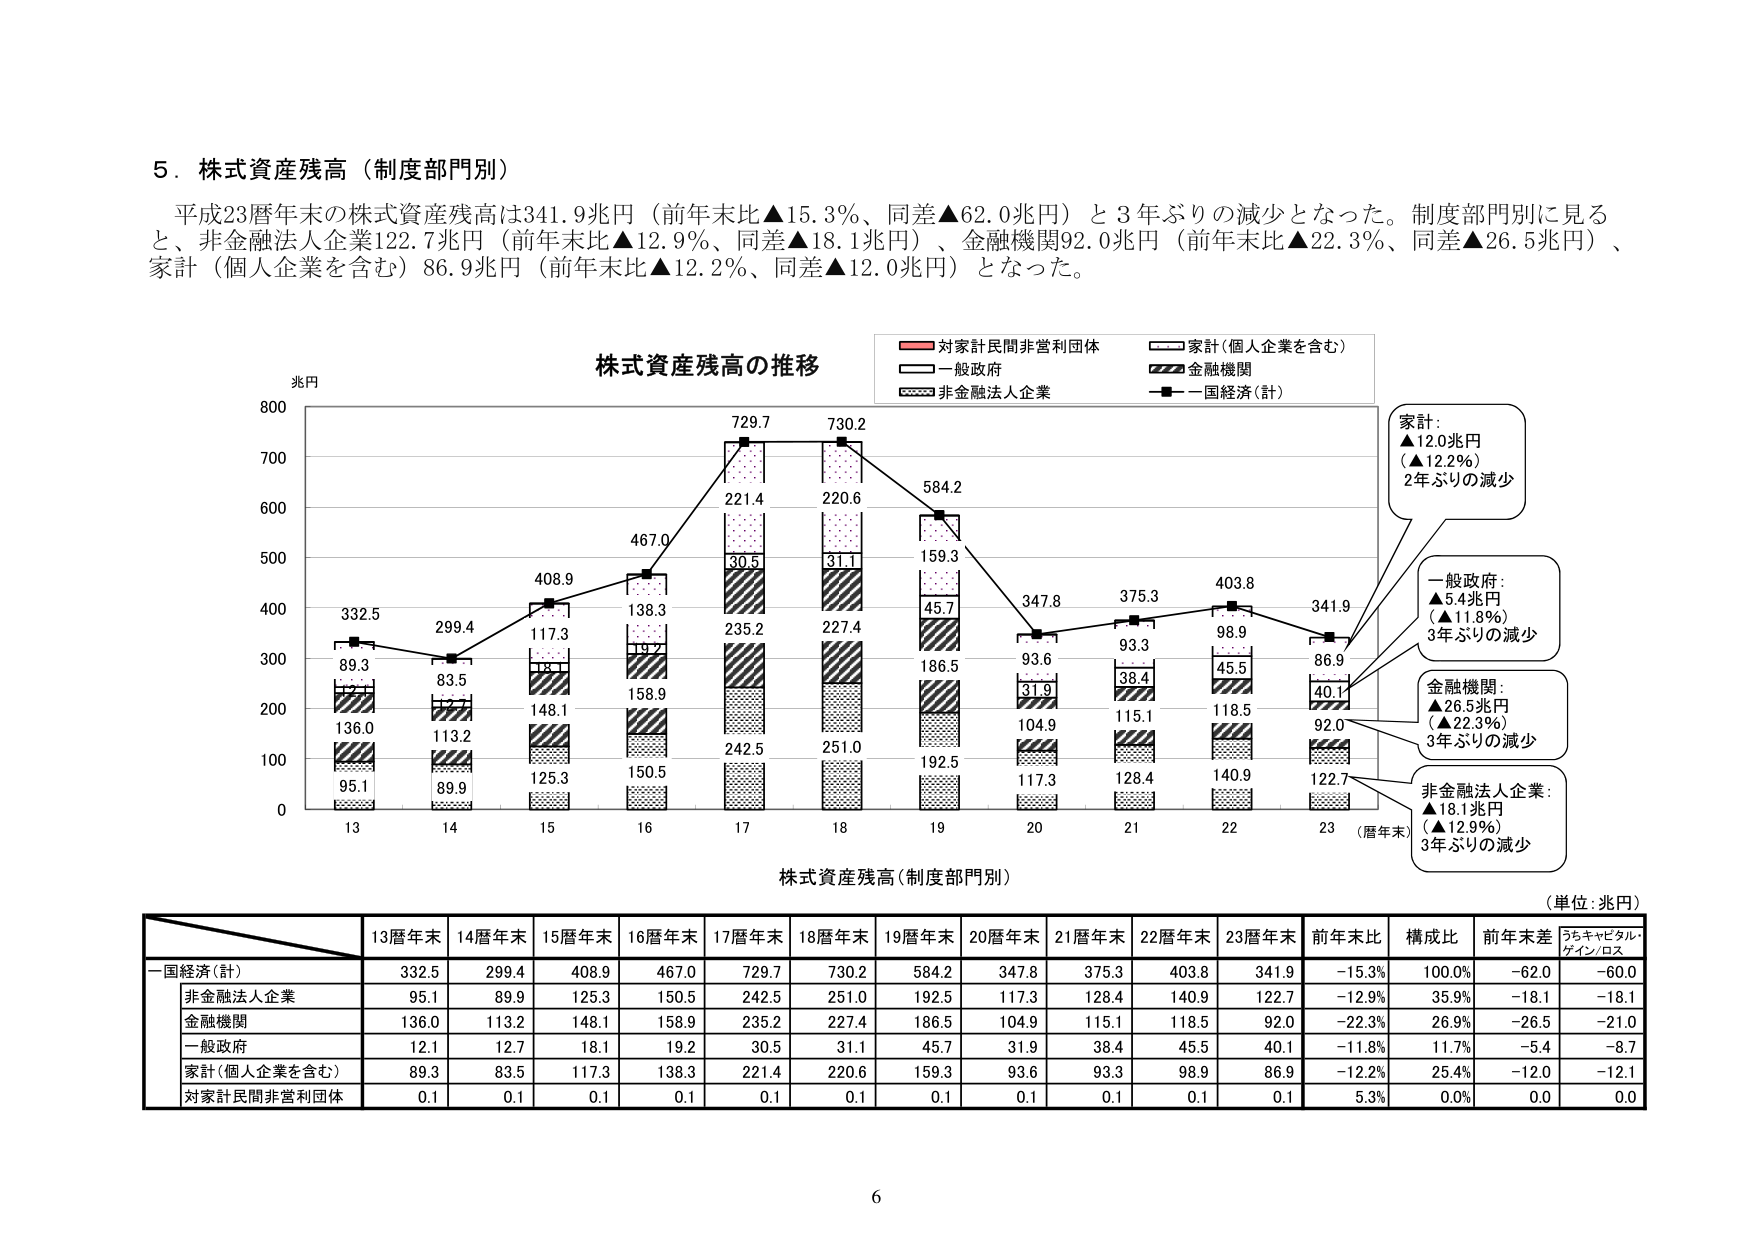
5．株式資産残高（制度部門別）

平成23暦年末の株式資産残高は341.9兆円（前年末比▲15.3％、同差▲62.0兆円）と3年ぶりの減少となった。制度部門別に見ると、非金融法人企業122.7兆円（前年末比▲12.9％、同差▲18.1兆円）、金融機関92.0兆円（前年末比▲22.3％、同差▲26.5兆円）、家計（個人企業を含む）86.9兆円（前年末比▲12.2％、同差▲12.0兆円）となった。

株式資産残高の推移

兆円

対家計民間非営利団体
家計（個人企業を含む）
一般政府
金融機関
非金融法人企業
一国経済（計）

332.5
299.4
408.9
467.0
729.7
730.2
584.2
347.8
375.3
403.8
341.9

89.3
83.5
117.3
138.3
221.4
220.6
159.3
93.6
93.3
98.9
86.9

136.0
113.2
148.1
158.9
235.2
227.4
186.5
104.9
115.1
118.5
92.0

95.1
89.9
125.3
150.5
242.5
251.0
192.5
117.3
128.4
140.9
122.7

0.1
0.1
0.1
0.1
0.1
0.1
0.1
0.1
0.1
0.1
0.1

13
14
15
16
17
18
19
20
21
22
23（暦年末）

株式資産残高（制度部門別）

（単位：兆円）

家計：
▲12.0兆円
（▲12.2％）
2年ぶりの減少

一般政府：
▲5.4兆円
（▲11.8％）
3年ぶりの減少

金融機関：
▲26.5兆円
（▲22.3％）
3年ぶりの減少

非金融法人企業：
▲18.1兆円
（▲12.9％）
3年ぶりの減少

一国経済（計）
332.5
299.4
408.9
467.0
729.7
730.2
584.2
347.8
375.3
403.8
341.9
－15.3％
100.0％
－62.0
－60.0

非金融法人企業
95.1
89.9
125.3
150.5
242.5
251.0
192.5
117.3
128.4
140.9
122.7
－12.9％
35.9％
－18.1
－18.1

金融機関
136.0
113.2
148.1
158.9
235.2
227.4
186.5
104.9
115.1
118.5
92.0
－22.3％
26.9％
－26.5
－21.0

一般政府
12.1
12.7
18.1
19.2
30.5
31.1
45.7
31.9
38.4
45.5
40.1
－11.8％
11.7％
－5.4
－8.7

家計（個人企業を含む）
89.3
83.5
117.3
138.3
221.4
220.6
159.3
93.6
93.3
98.9
86.9
－12.2％
25.4％
－12.0
－12.1

対家計民間非営利団体
0.1
0.1
0.1
0.1
0.1
0.1
0.1
0.1
0.1
0.1
0.1
5.3％
0.0％
0.0
0.0

13暦年末
14暦年末
15暦年末
16暦年末
17暦年末
18暦年末
19暦年末
20暦年末
21暦年末
22暦年末
23暦年末
前年末比
構成比
前年末差
うちキャピタル・ゲイン／ロス

6